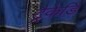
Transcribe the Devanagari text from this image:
ट्रैकेडि